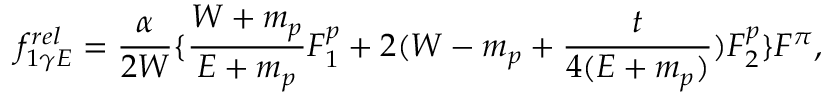
f _ { 1 \gamma E } ^ { r e l } = \frac { \alpha } { 2 W } \{ \frac { W + m _ { p } } { E + m _ { p } } F _ { 1 } ^ { p } + 2 ( W - m _ { p } + \frac { t } { 4 ( E + m _ { p } ) } ) F _ { 2 } ^ { p } \} F ^ { \pi } ,